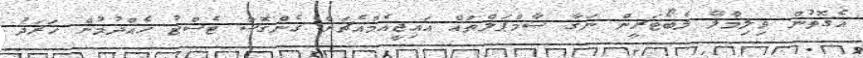
އެގޮތުން ވިލިމާލޭ ލެބޯޓަރީން ނަގާ ސާމްޕަލްތައް އައިޖީއެމްއެޗަށް ގެންގޮސް ޓެސްޓު ހެއްދުމުން ހަރަދު